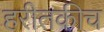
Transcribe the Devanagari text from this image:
हरीतकीच